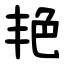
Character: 艳